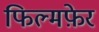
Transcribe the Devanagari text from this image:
फिल्मफ़ेर